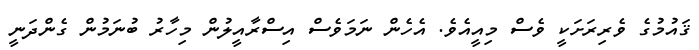
ޤައުމުގެ ވެރިރަށަކީ ވެސް މިއީއެވެ. އެހެން ނަމަވެސް އިސްރާއީލުން މިހާރު ބުނަމުން ގެންދަނީ